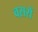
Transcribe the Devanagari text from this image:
वसरों